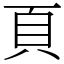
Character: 頁